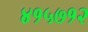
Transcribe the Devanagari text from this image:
४१५७१२